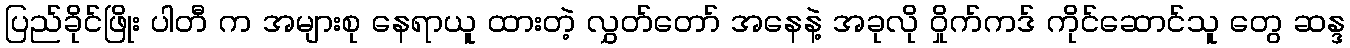
ပြည်ခိုင်ဖြိုး ပါတီ က အများစု နေရာယူ ထားတဲ့ လွှတ်တော် အနေနဲ့ အခုလို ဝှိုက်ကဒ် ကိုင်ဆောင်သူ တွေ ဆန္ဒ